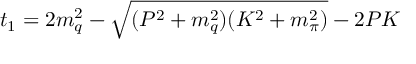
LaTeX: t _ { 1 } = 2 m _ { q } ^ { 2 } - \sqrt { ( P ^ { 2 } + m _ { q } ^ { 2 } ) ( K ^ { 2 } + m _ { \pi } ^ { 2 } ) } - 2 P K